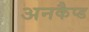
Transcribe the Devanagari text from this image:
अनकैप्ड